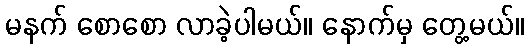
မနက် စောစော လာခဲ့ပါမယ်။ နောက်မှ တွေ့မယ်။